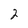
Character: 2